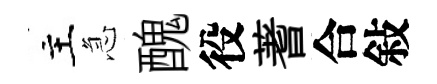
主急醜役蓍合敍